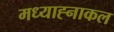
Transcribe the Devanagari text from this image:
मध्याह्नाकल